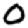
Digit: 0